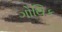
ગોથિક